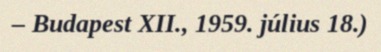
– Budapest XII., 1959. július 18.)